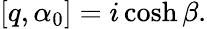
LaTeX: [q,\alpha_{0}]=i\cosh\beta.